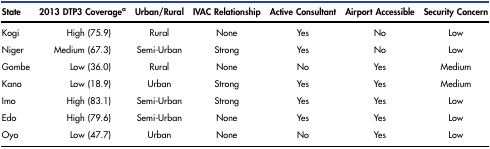
<table><thead><tr><td><b>State</b></td><td><b>2013 DTP3 Coveragea</b></td><td><b>Urban/Rural</b></td><td><b>IVAC Relationship</b></td><td><b>Active Consultant</b></td><td><b>Airport Accessible</b></td><td><b>Security Concern</b></td></tr></thead><tbody><tr><td>Kogi</td><td>High (75.9)</td><td>Rural</td><td>None</td><td>Yes</td><td>No</td><td>Low</td></tr><tr><td>Niger</td><td>Medium (67.3)</td><td>Semi-Urban</td><td>Strong</td><td>Yes</td><td>No</td><td>Low</td></tr><tr><td>Gombe</td><td>Low (36.0)</td><td>Rural</td><td>None</td><td>No</td><td>Yes</td><td>Medium</td></tr><tr><td>Kano</td><td>Low (18.9)</td><td>Urban</td><td>Strong</td><td>Yes</td><td>Yes</td><td>Medium</td></tr><tr><td>Imo</td><td>High (83.1)</td><td>Semi-Urban</td><td>Strong</td><td>Yes</td><td>Yes</td><td>Low</td></tr><tr><td>Edo</td><td>High (79.6)</td><td>Semi-Urban</td><td>None</td><td>Yes</td><td>Yes</td><td>Low</td></tr><tr><td>Oyo</td><td>Low (47.7)</td><td>Urban</td><td>None</td><td>No</td><td>Yes</td><td>Low</td></tr></tbody></table>